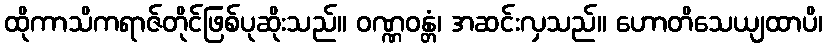
ထိုကာသိကရာဇ်တိုင်ဖြစ်ပုဆိုးသည်။ ဝဏ္ဏဝန္တံ၊ အဆင်းလှသည်။ ဟောတိသေယျထာပိ၊